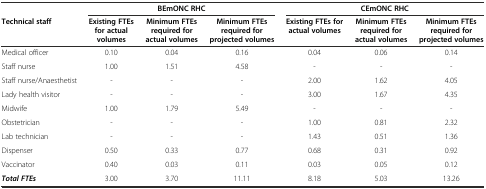
<table><thead><tr><td></td><td colspan="3"><b>BEmONC RHC</b></td><td colspan="3"><b>CEmONC RHC</b></td></tr><tr><td><b>Technical staff</b></td><td><b>Existing FTEs for actual volumes</b></td><td><b>Minimum FTEs required for actual volumes</b></td><td><b>Minimum FTEs required for projected volumes</b></td><td><b>Existing FTEs for actual volumes</b></td><td><b>Minimum FTEs required for actual volumes</b></td><td><b>Minimum FTEs required for projected volumes</b></td></tr></thead><tbody><tr><td>Medical officer</td><td>0.10</td><td>0.04</td><td>0.16</td><td>0.04</td><td>0.06</td><td>0.14</td></tr><tr><td>Staff nurse</td><td>1.00</td><td>1.51</td><td>4.58</td><td>-</td><td>-</td><td>-</td></tr><tr><td>Staff nurse/Anaesthetist</td><td>-</td><td>-</td><td>-</td><td>2.00</td><td>1.62</td><td>4.05</td></tr><tr><td>Lady health visitor</td><td>-</td><td>-</td><td>-</td><td>3.00</td><td>1.67</td><td>4.35</td></tr><tr><td>Midwife</td><td>1.00</td><td>1.79</td><td>5.49</td><td>-</td><td>-</td><td>-</td></tr><tr><td>Obstetrician</td><td>-</td><td>-</td><td>-</td><td>1.00</td><td>0.81</td><td>2.32</td></tr><tr><td>Lab technician</td><td>-</td><td>-</td><td>-</td><td>1.43</td><td>0.51</td><td>1.36</td></tr><tr><td>Dispenser</td><td>0.50</td><td>0.33</td><td>0.77</td><td>0.68</td><td>0.31</td><td>0.92</td></tr><tr><td>Vaccinator</td><td>0.40</td><td>0.03</td><td>0.11</td><td>0.03</td><td>0.05</td><td>0.12</td></tr><tr><td><b><i>Total FTEs</i></b></td><td>3.00</td><td>3.70</td><td>11.11</td><td>8.18</td><td>5.03</td><td>13.26</td></tr></tbody></table>